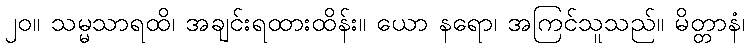
၂၀။ သမ္မသာရထိ၊ အချင်းရထားထိန်း။ ယော နရော၊ အကြင်သူသည်။ မိတ္တာနံ၊